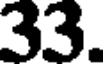
33.